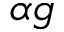
\alpha g